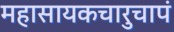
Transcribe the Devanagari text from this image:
महासायकचारुचापं